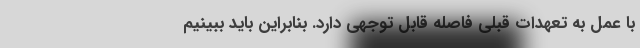
با عمل به تعهدات قبلی فاصله قابل توجهی دارد. بنابراین باید ببینیم